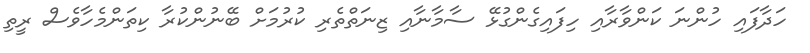
ހަދާފައި ހުންނަ ކަންވާރާއި ހިފައިގެންގުޅޭ ސާމާނާއި ޒިނަތްތެރި ކުރުމަށް ބޭނުންކުރާ ކިތަންމެހާވެސް ރީތި